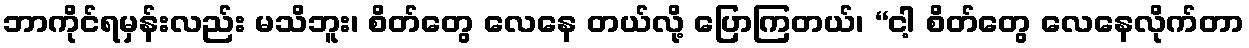
ဘာကိုင်ရမှန်းလည်း မသိဘူး၊ စိတ်တွေ လေနေ တယ်လို့ ပြောကြတယ်၊ “ငါ့ စိတ်တွေ လေနေလိုက်တာ